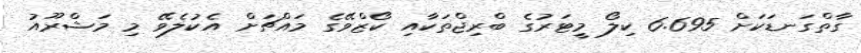
ގާތްގަނޑަކަށް 6.695 ކިލޯ މީޓަރުގެ ބްރިޖްތަކާއި ކޯޒްވޭގެ މައްޗަށް އެކުލެވޭ މި މަޝްރޫއު